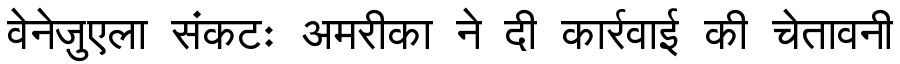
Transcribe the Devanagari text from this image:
वेनेज़ुएला संकटः अमरीका ने दी कार्रवाई की चेतावनी